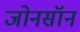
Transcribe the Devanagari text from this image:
जोनसॉन